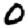
Digit: 0